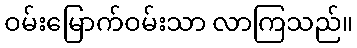
ဝမ်းမြောက်ဝမ်းသာ လာကြသည်။